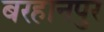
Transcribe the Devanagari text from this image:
बरहानपुर